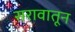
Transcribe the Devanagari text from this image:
सरावातून